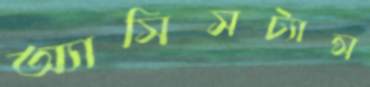
অ্যাসিসট্যান্স